Civil Veterinary Department. United Provinces 1923-31 - 1923-1931
Year: 1923
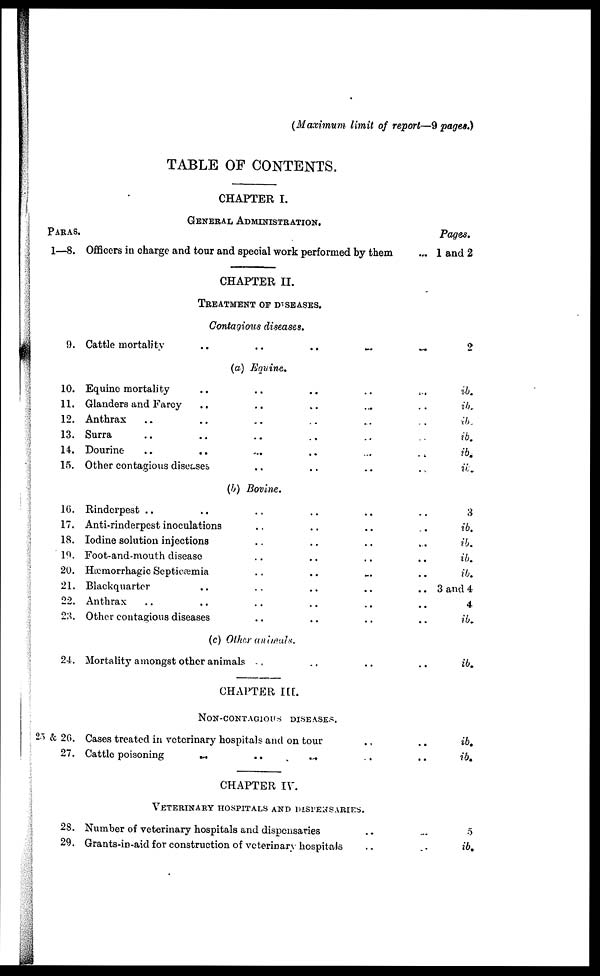
(Maximum limit of report—9 pages.)
TABLE OF CONTENTS,
PARAS.
1—8.
9.
10.
11.
12.
13.
14.
15.
1G.
17.
18.
19.
20.
21.
22.
23.
24.
25 & 26.
27.
28.
29.
CHAPTER I.
GENERAL ADMINISTRATION.
Officers in charge and tour and special work performed by them
CHAPTER II.
TREATMENT or DISEASES.
Contagious diseases.
Cattle mortality .. .. .. ..
(a) Equine.
Equine mortality .. .. .. ..
Glanders and Farcy
.. .. .. ..
Anthrax .. .. .. .. ..
Surra .. .. .. .. ..
Dourine .. .. .. .. ..
Other contagious diseases .... .. ..
(b) Bovine.
Rinderpest .. .. .. .. ..
Anti-rinderpest inoculations .. .. ..
Iodine solution injections .. .. ..
Foot-and-mouth disease .. .. ..
Hæmorrhagic Septicaemia .. .. ..
Blackquarter
.. .. .. ..
Anthrax .. .. .. .. ..
Other contagious diseases .. .. ..
(c) Other animals.
Mortality amongst other animals .. .. ..
CHAPTER III.
NON-CONTAGIOUS DISEASES.
Cases treated in veterinary hospitals and on tour ..
Cattle poisoning
...
..
... ..
CHAPTER IV.
VETERINARY HOSPITALS AND DISPENSARIES. ..
Number of veterinary hospitals and dispensaries ..
Grants-in-aid for construction of veterinary hospitals ..
Pages.
... 1 and 2
...
2
.. ib.
.. ib.
.. ib.
ib.
.. ib.
.. ib.
3
.. ib.
.. ib.
.. ib.
.. ib.
.. 3 and 4
.. 4
.. ib.
.. ib.
.. ib.
.. ib.
.. 5
.. 5
.. ib.